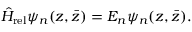
\hat { H } _ { \mathrm { r e l } } \psi _ { n } ( z , \bar { z } ) = E _ { n } \psi _ { n } ( z , \bar { z } ) .